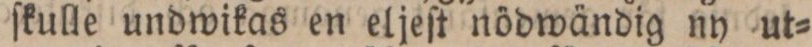
ſkulle undwikas en eljeſt nödwändig ny ut=